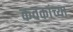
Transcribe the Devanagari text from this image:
कवकांच्या